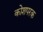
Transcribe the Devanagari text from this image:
कोशपरक